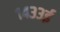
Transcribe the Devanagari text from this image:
१४३३ई